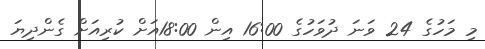
މި މަހުގެ 24 ވަނަ ދުވަހުގެ 16:00 އިން 18:00އަށް ކުރިއަށް ގެންދިޔަ